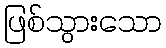
ဖြစ်သွားသော